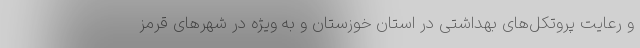
و رعایت پروتکل‌های بهداشتی در استان خوزستان و به ویژه در شهرهای قرمز